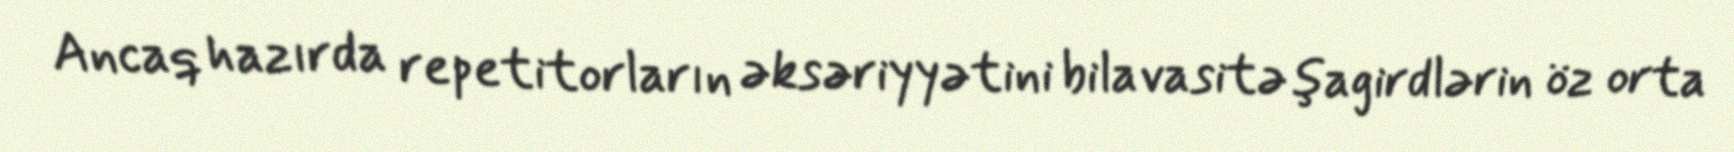
Ancaq hazırda repetitorların əksəriyyətini bilavasitə şagirdlərin öz orta